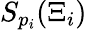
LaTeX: S_{p_{i}}(\Xi_{i})